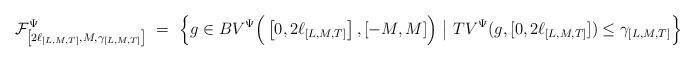
LaTeX: \begin{align*}\mathcal{F}^{\Psi}_{\left[2\ell_{[L,M,T]},M,\gamma_{[L,M,T]}\right]}~=~\Big\{g\in BV^{\Psi}\Big(\left[0,2\ell_{[L,M,T]}\right],[-M,M]\Big)~\big|~ TV^{\Psi}(g,[0, 2\ell_{[L,M,T]}])\leq \gamma_{[L,M,T]}\Big\}\end{align*}